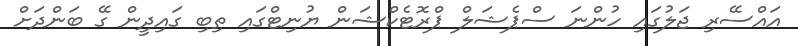
އައްސޭރި ޖަލުގައި ހުންނަ ސްޕެޝަލް ޕްރޮޓެކްޝަން ޔުނިޓްގައި ތިބި ގައިދީން ގޭ ބަންދަށް